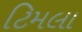
ટિમલા